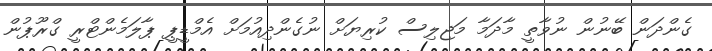
ގެންދަން ބޭނުން ނުވާތީ މާދަމާ މަޖިލިސް ކުރިޔަށް ނުގެންދިއުމަށް އެމްޑީޕީ ޕާލަމެންޓްރީ ގްރޫޕުން